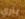
باري